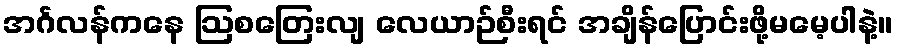
အင်္ဂလန်ကနေ ဩစတြေးလျ လေယာဉ်စီးရင် အချိန်ပြောင်းဖို့မမေ့ပါနဲ့။